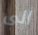
الى